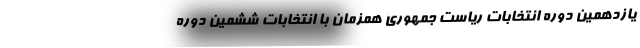
یازدهمین دوره انتخابات ریاست جمهوری همزمان با انتخابات ششمین دوره